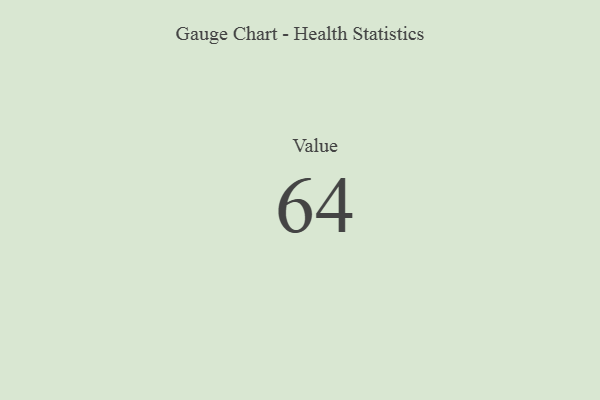
{"axis": {"x": "Metric", "y": "Value"}, "legend": [""], "data": [{"x": "Value", "y": 64, "type": ""}]}